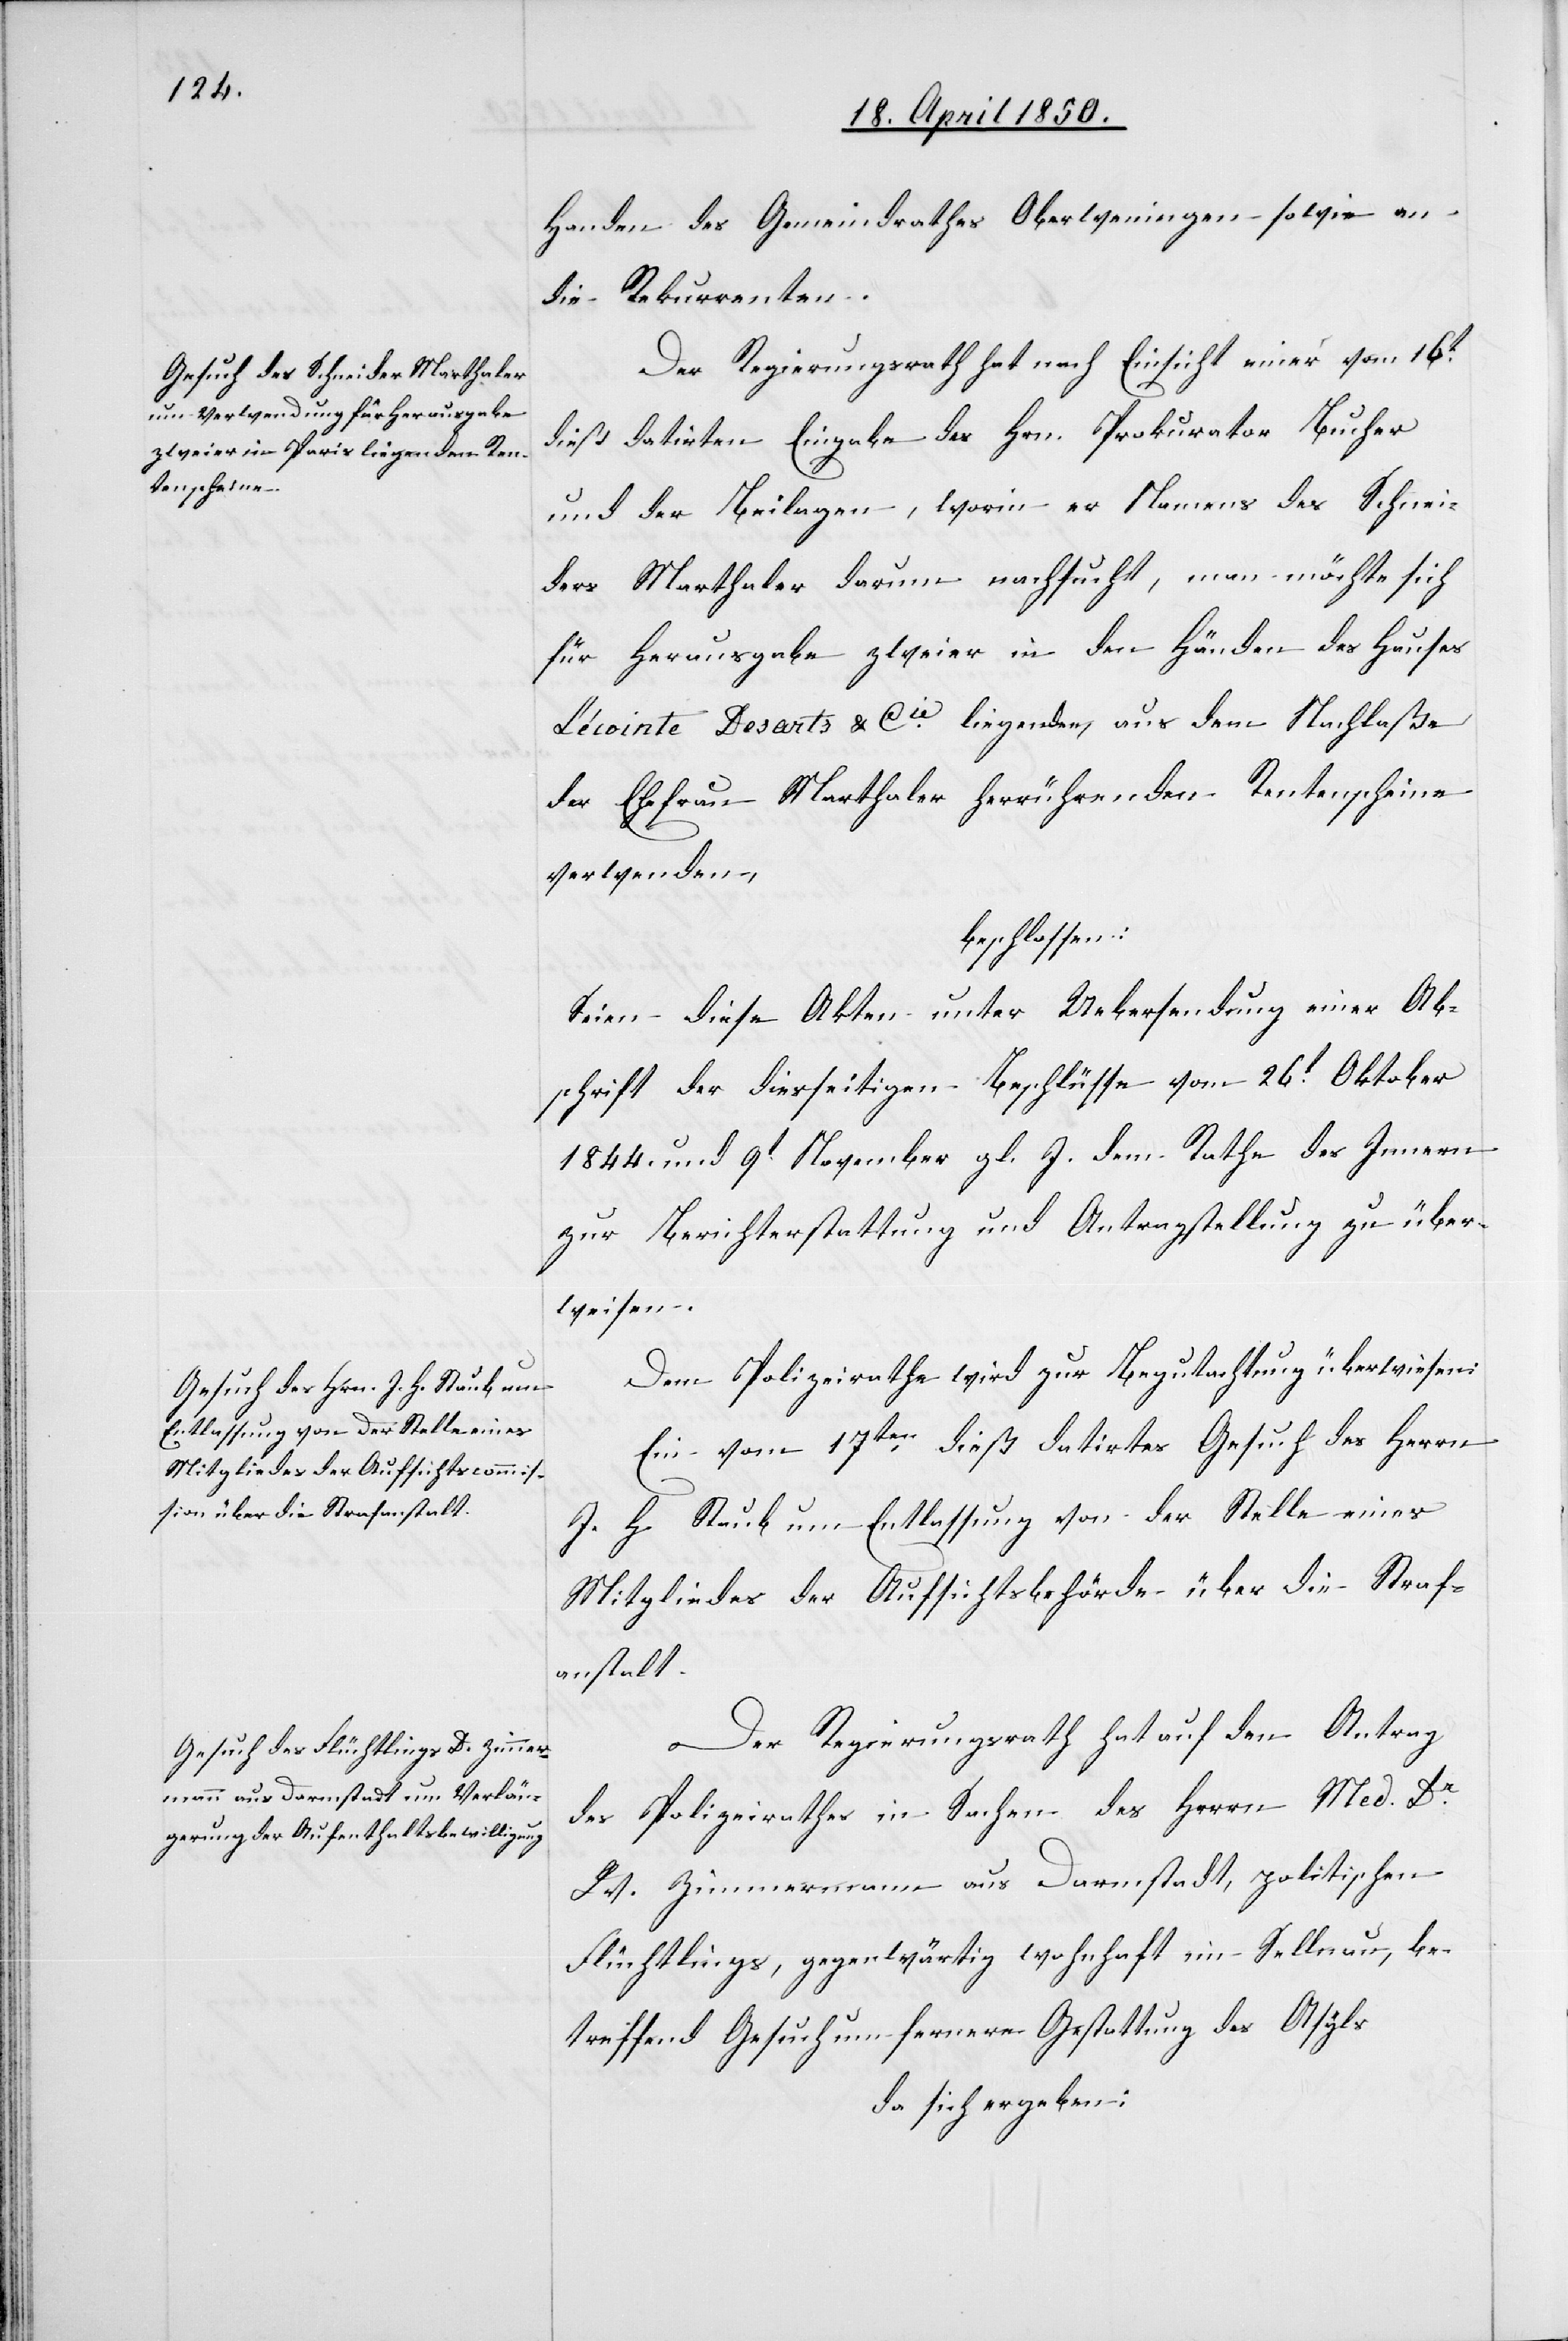
Handen des Gemeindrathes Oberweningen sowie an
die Rekurrenten.
Der Regierungsrath hat nach Einsicht einer vom 16t
dieß datirten Eingabe des Hrn. Prokurator Bucher
und der Beilagen, worin er Namens des Schnei¬
ders Marthaler darum nachsucht, man möchte sich
für Herausgabe zweier in den Händen des Hauses
Lécointe Desarts & Cie liegenden, aus dem Nachlaße
der Ehefrau Marthaler herrührenden Rentenscheine
verwenden,
beschlossen:
Seien diese Akten unter Uebersendung einer Ab¬
schrift der diesseitigen Beschlüsse vom 26t Oktober
1844. und 9t November gl. J. dem Rathe des Innern
zur Berichterstattung und Antragstellung zu über¬
weisen.
Dem Polizeirathe wird zur Begutachtung überwiesen:
Ein vom 17ten dieß datirtes Gesuch des Herrn
J. H. Staub um Entlassung von der Stelle eines
Mitgliedes der Aufsichtsbehörde über die Straf¬
anstalt.
Der Regierungsrath hat auf den Antrag
des Polizeirathes in Sachen des Herrn Med. Dr
W. Zimmermann aus Darmstadt, politischen
Flüchtlings, gegenwärtig wohnhaft im Sellnau, be¬
treffend Gesuch um fernere Gestattung des Asyls
da sich ergeben: